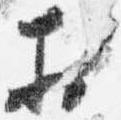
於